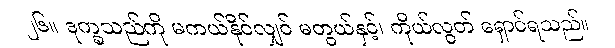
၂၆။ ဒုက္ခသည်ကို မကယ်နိုင်လျှင် မတွယ်နှင့်၊ ကိုယ်လွတ် ရှောင်ရသည်။